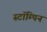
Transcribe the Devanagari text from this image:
स्टॉम्पिन